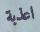
اعذبة